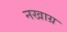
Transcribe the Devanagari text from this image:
नखाग्र